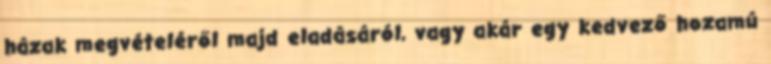
házak megvételéről majd eladásáról, vagy akár egy kedvező hozamú